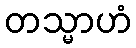
တသ္မာဟံ